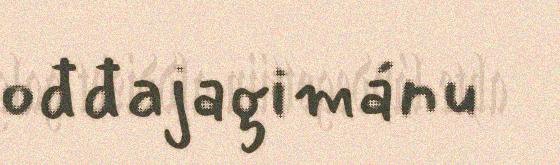
ođđajagimánu